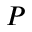
P